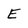
Character: E